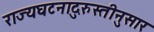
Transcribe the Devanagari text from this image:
राज्यघटनादुरुस्तीनुसार